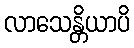
လာသေန္တိယာပိ